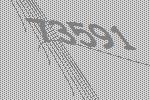
73591